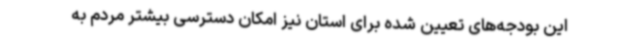
این بودجه‌های تعیین شده برای استان نیز امکان دسترسی بیشتر مردم به